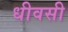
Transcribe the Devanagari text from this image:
धीवसी